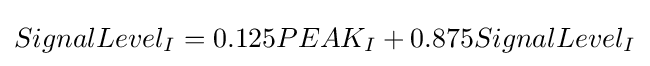
SignalLevel_{I}=0.125PEAK_{I}+0.875SignalLevel_{I}